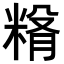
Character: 𥺵